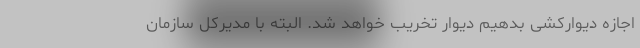
اجازه دیوارکشی بدهیم دیوار تخریب خواهد شد. البته با مدیرکل سازمان